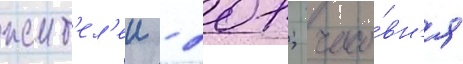
жит'ел'еи - 201; часо́вн'я